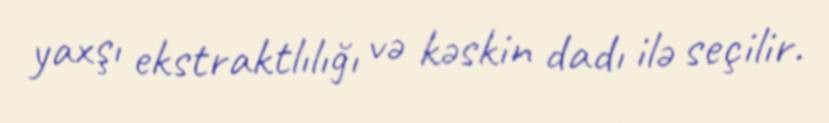
yaxşı ekstraktlılığı və kəskin dadı ilə seçilir.